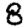
Digit: 8